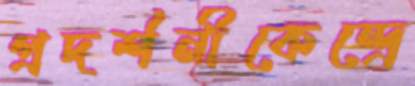
প্রদর্শনীকেন্দ্রে